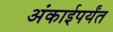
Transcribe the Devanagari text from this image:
अंकाईपर्यंत